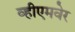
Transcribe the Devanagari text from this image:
व्हीएमवेर